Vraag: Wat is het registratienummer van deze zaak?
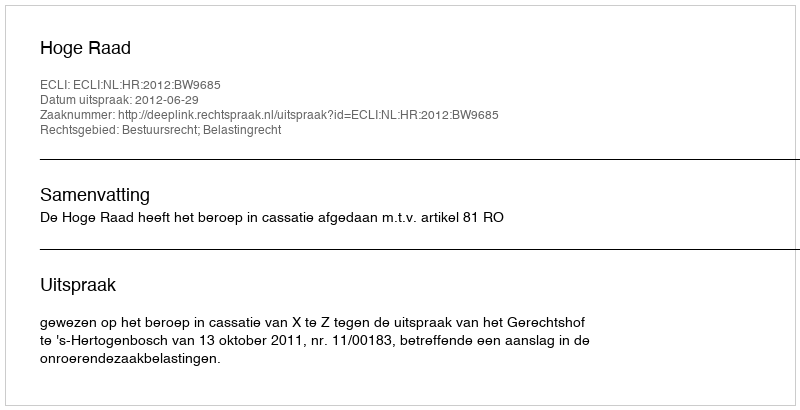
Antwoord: http://deeplink.rechtspraak.nl/uitspraak?id=ECLI:NL:HR:2012:BW9685